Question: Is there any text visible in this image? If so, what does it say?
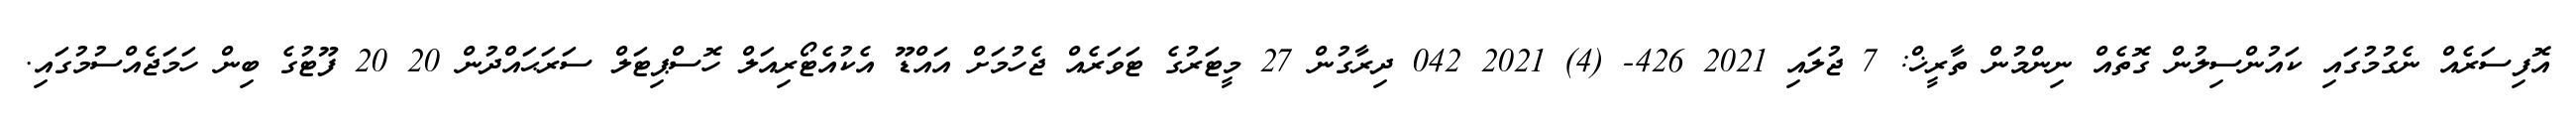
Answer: އޮފިސަރެއް ނެގުމުގައި ކައުންސިލުން ގޮތެއް ނިންމުން ތާރީޚް: 7 ޖުލައި 2021 426- (4) 2021 042 ދިރާގުން 27 މީޓަރުގެ ޓަވަރެއް ޖެހުމަށް އައްޑޫ އެކުއެޓޯރިއަލް ހޮސްޕިޓަލް ސަރަޙައްދުން 20 20 ފޫޓުގެ ބިން ހަމަޖެއްސުމުގައި.